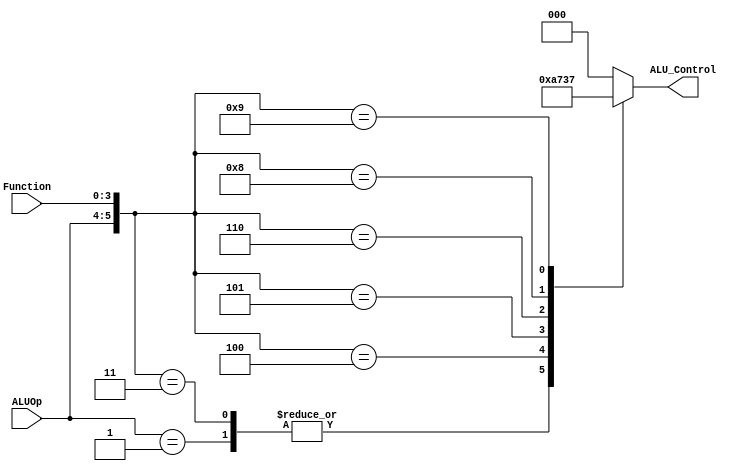
 `timescale 1ns / 1ps  //fpga4student.com: FPga projects, Verilog projects, VHDL projects
 module alu_control( ALU_Control, ALUOp, Function);  
 output reg[2:0] ALU_Control;  
 input [1:0] ALUOp;  
 input [3:0] Function;  
 wire [5:0] ALUControlIn;  
 assign ALUControlIn = {ALUOp,Function};  
 always @(ALUControlIn)  
 casex (ALUControlIn)  
  6'b10xxxx: ALU_Control=3'b000;  
  6'b01xxxx: ALU_Control=3'b001;  
  6'b000010: ALU_Control=3'b000;  
  6'b000011: ALU_Control=3'b001;  
  6'b000100: ALU_Control=3'b010;  
  6'b000101: ALU_Control=3'b011;  
  6'b000110: ALU_Control=3'b100;  
  6'b000101: ALU_Control=3'b101;  
  6'b001000: ALU_Control=3'b110;  
  6'b001001: ALU_Control=3'b111;  
  default: ALU_Control=3'b000;  
  endcase  
 endmodule